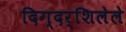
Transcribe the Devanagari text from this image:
दिग्दर्शिलेले